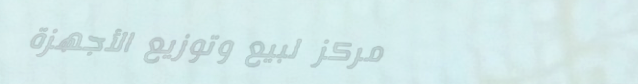
مركز لبيع وتوزيع الأجهزة